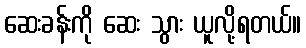
ဆေးခန်းကို ဆေး သွား ယူလို့ရတယ်။